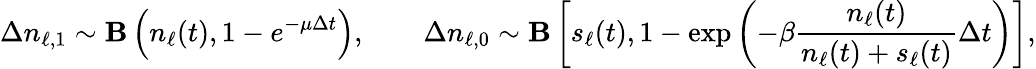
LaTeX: \Delta n_{\ell,1}\sim{\mathbf B}\left(n_{\ell}(t),1-e^{-\mu\Delta t}\right),\quad\quad\Delta{n}_{\ell,0}\sim{\mathbf B}\left[s_{\ell}(t),1-\exp\left({-\beta\frac{n_{\ell}(t)}{n_{\ell}(t)+s_{\ell}(t)}\Delta t}\right)\right],